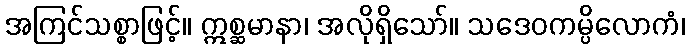
အကြင်သစ္စာဖြင့်။ ဣစ္ဆမာနာ၊ အလိုရှိသော်။ သဒေဝကမ္ပိလောကံ၊